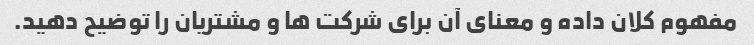
مفهوم کلان داده و معنای آن برای شرکت ها و مشتریان را توضیح دهید.